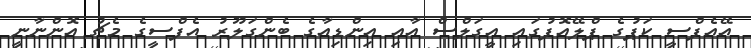
އޭއެފްސީ ކަޕުގެ ޕްލޭއޮފުގައި އީގަލްސް އާއި އިންޑިއާގެ ބެންގަލޫރު އެފްސީގެ މެޗު އޮންނާނީ